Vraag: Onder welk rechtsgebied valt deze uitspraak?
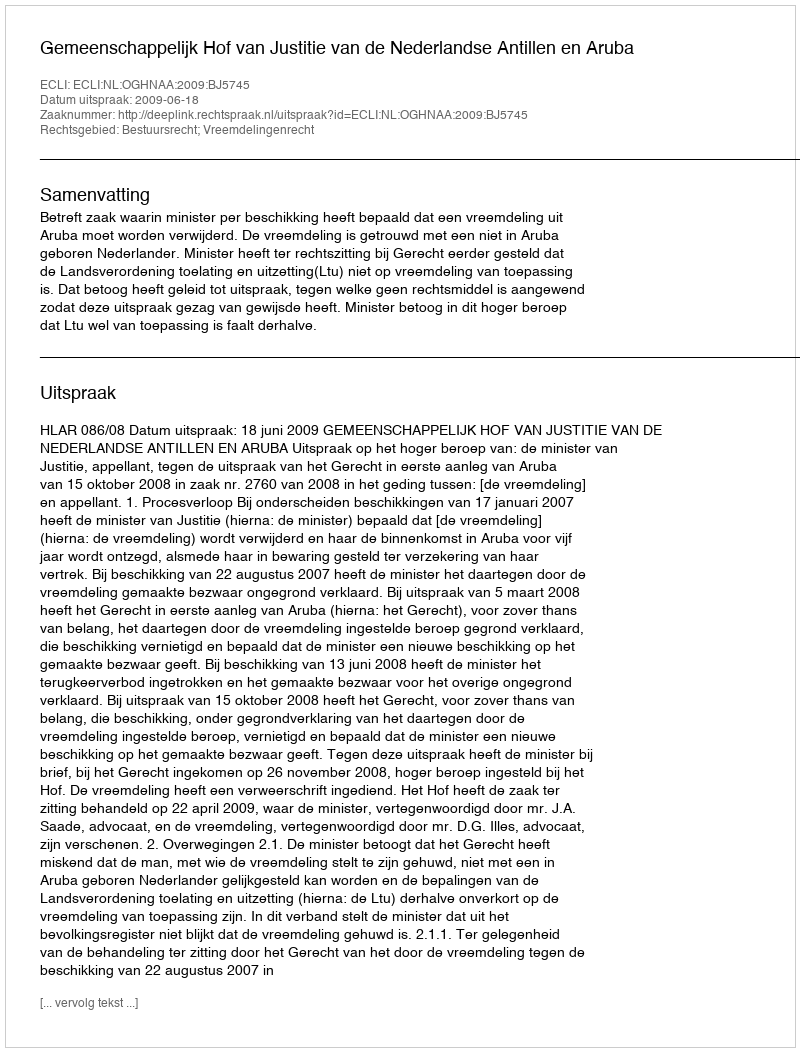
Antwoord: Bestuursrecht; Vreemdelingenrecht